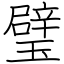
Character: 璧